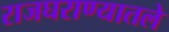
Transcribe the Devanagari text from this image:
राजघराण्यातले